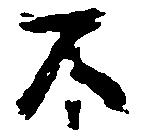
不